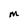
Character: M